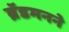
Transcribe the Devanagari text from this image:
ब्रॅडमनने